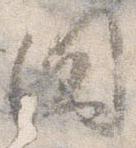
国